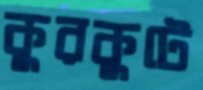
কুরকুটে